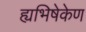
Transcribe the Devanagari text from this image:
ह्यभिषेकेण